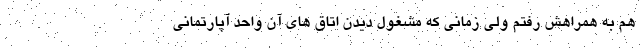
هم به همراهش رفتم ولی زمانی که مشغول دیدن اتاق های آن واحد آپارتمانی